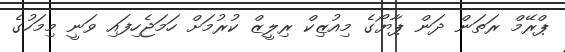
ޕްރޭމް ރަތަން ދަން ޕާޔޯގެ މިއުޒިކް ރިލީޒް ކުރުމަށް ހަމަޖެހިފައި ވަނީ މިމަހުގެ